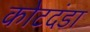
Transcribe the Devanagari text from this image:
कोटदंडा